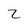
Character: 2